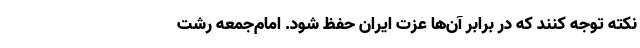
نکته توجه کنند که در برابر آن‌ها عزت ایران حفظ شود. امام‌جمعه رشت